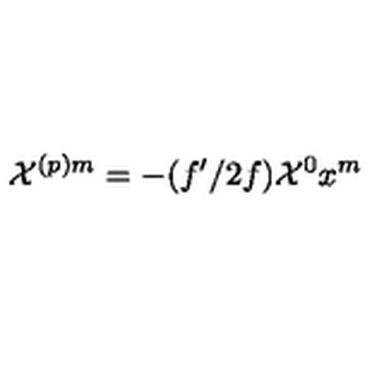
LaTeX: { \cal X } ^ { ( p ) m } = - ( f ^ { \prime } / 2 f ) { \cal X } ^ { 0 } x ^ { m }